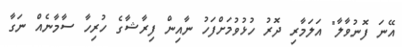
އޭނަ ފޮނުވާލާ" އަލަމާރި ދޮރު ހުޅުވުމަށްފަހު ނާއިން ފިރާޝާގެ ހުރިހާ ސާމާނެއް ނަގާ